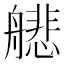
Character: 𫇟